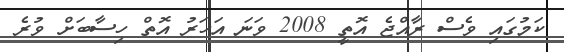
ކަމުގައި ވެސް ރާއްޖެ އޮތީ 2008 ވަނަ އަހަރު އޮތް ހިސާބަށް ވުރެ